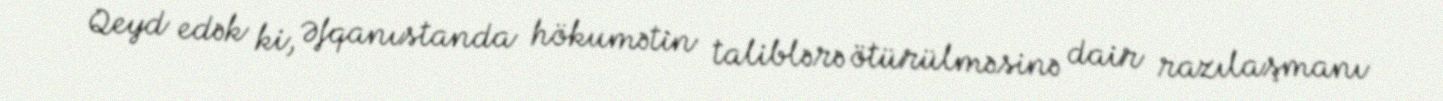
Qeyd edək ki, Əfqanıstanda hökumətin taliblərə ötürülməsinə dair razılaşmanı